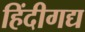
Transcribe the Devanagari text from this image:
हिंदीगद्य